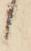
候